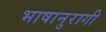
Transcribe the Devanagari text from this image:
भाषानुरागी